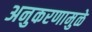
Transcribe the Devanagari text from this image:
अनुकरणामुळे